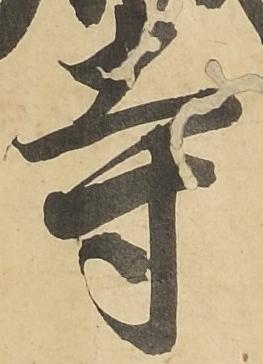
寺